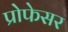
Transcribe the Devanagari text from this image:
प्रोेफेसर